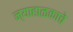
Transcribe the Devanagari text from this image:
न्याहाळकाचे